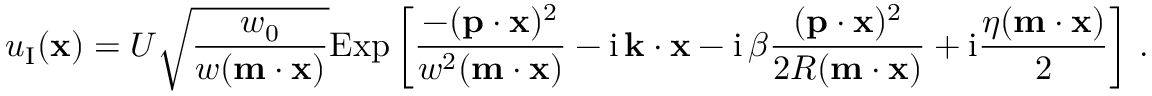
u _ { \textup I } ( { \bf x } ) = U \sqrt { \frac { w _ { 0 } } { w ( { \bf m } \cdot { \bf x } ) } } \mathrm { E x p } \left[ \frac { - ( { \bf p } \cdot { \bf x } ) ^ { 2 } } { w ^ { 2 } ( { \bf m } \cdot { \bf x } ) } - \mathrm { i } \, { \bf k } \cdot { \bf x } - \mathrm { i } \, \beta \frac { ( { \bf p } \cdot { \bf x } ) ^ { 2 } } { 2 R ( { \bf m } \cdot { \bf x } ) } + \mathrm { i } \frac { \eta ( { \bf m } \cdot { \bf x } ) } { 2 } \right] \, .